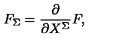
F _ { \Sigma } = { \frac { \partial } { \partial X ^ { \Sigma } } } F ,